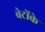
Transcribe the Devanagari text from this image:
बेटोंके